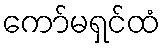
ကော်မရှင်ထံ